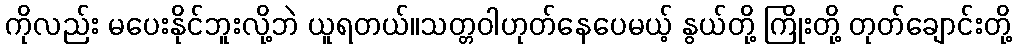
ကိုလည်း မပေးနိုင်ဘူးလို့ဘဲ ယူရတယ်။သတ္တဝါဟုတ်နေပေမယ့် နွယ်တို့ ကြိုးတို့ တုတ်ချောင်းတို့